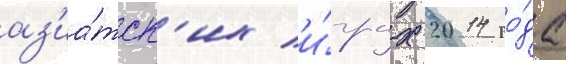
аз'иа́тск'их и́грах 2014 го́да